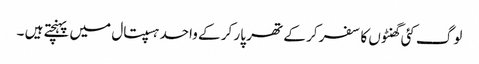
لوگ کئی گھنٹوں کا سفر کر کے تھر پار کر کے واحد ہسپتال میں پہنچتے ہیں ۔